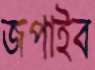
জপাইব